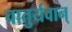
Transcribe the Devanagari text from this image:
चातुर्यवान्